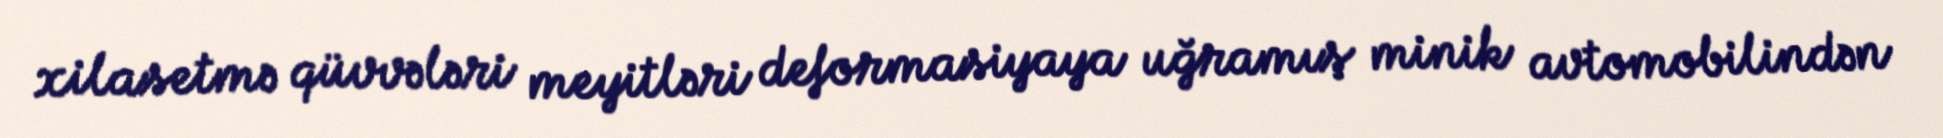
xilasetmə qüvvələri meyitləri deformasiyaya uğramış minik avtomobilindən